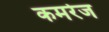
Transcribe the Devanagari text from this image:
कमरेज